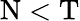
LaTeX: \mathrm{N}<\mathrm{T}